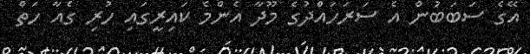
އޭގެ ސަބަބުން އެ ސަރަހައްދުގެ މޫދާ އެންމެ ކައިރީގައި ހުރި ގެއާ ހަތް